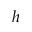
h